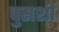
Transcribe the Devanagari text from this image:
पुसशी